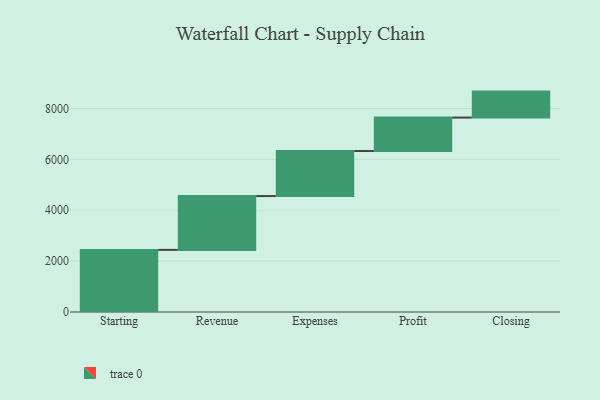
{"axis": {"x": "Step", "y": "Value"}, "legend": [""], "data": [{"x": "Starting", "y": 2441.0, "type": ""}, {"x": "Revenue", "y": 2116.0, "type": ""}, {"x": "Expenses", "y": 1771.0, "type": ""}, {"x": "Profit", "y": 1313.0, "type": ""}, {"x": "Closing", "y": 1021.0, "type": ""}]}